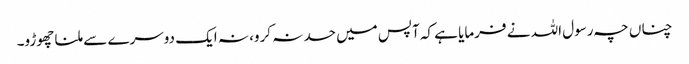
چناں چہ رسول اللہ نے فرمایا ہے کہ آپس میں حسد نہ کرو، نہ ایک دوسرے سے ملنا چھوڑو۔